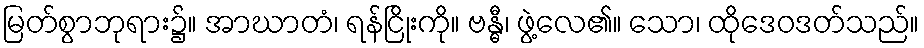
မြတ်စွာဘုရား၌။ အာဃာတံ၊ ရန်ငြိုးကို။ ဗန္ဓီ၊ ဖွဲ့လေ၏။ သော၊ ထိုဒေဝဒတ်သည်။